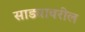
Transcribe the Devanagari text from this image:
साड्यावरील